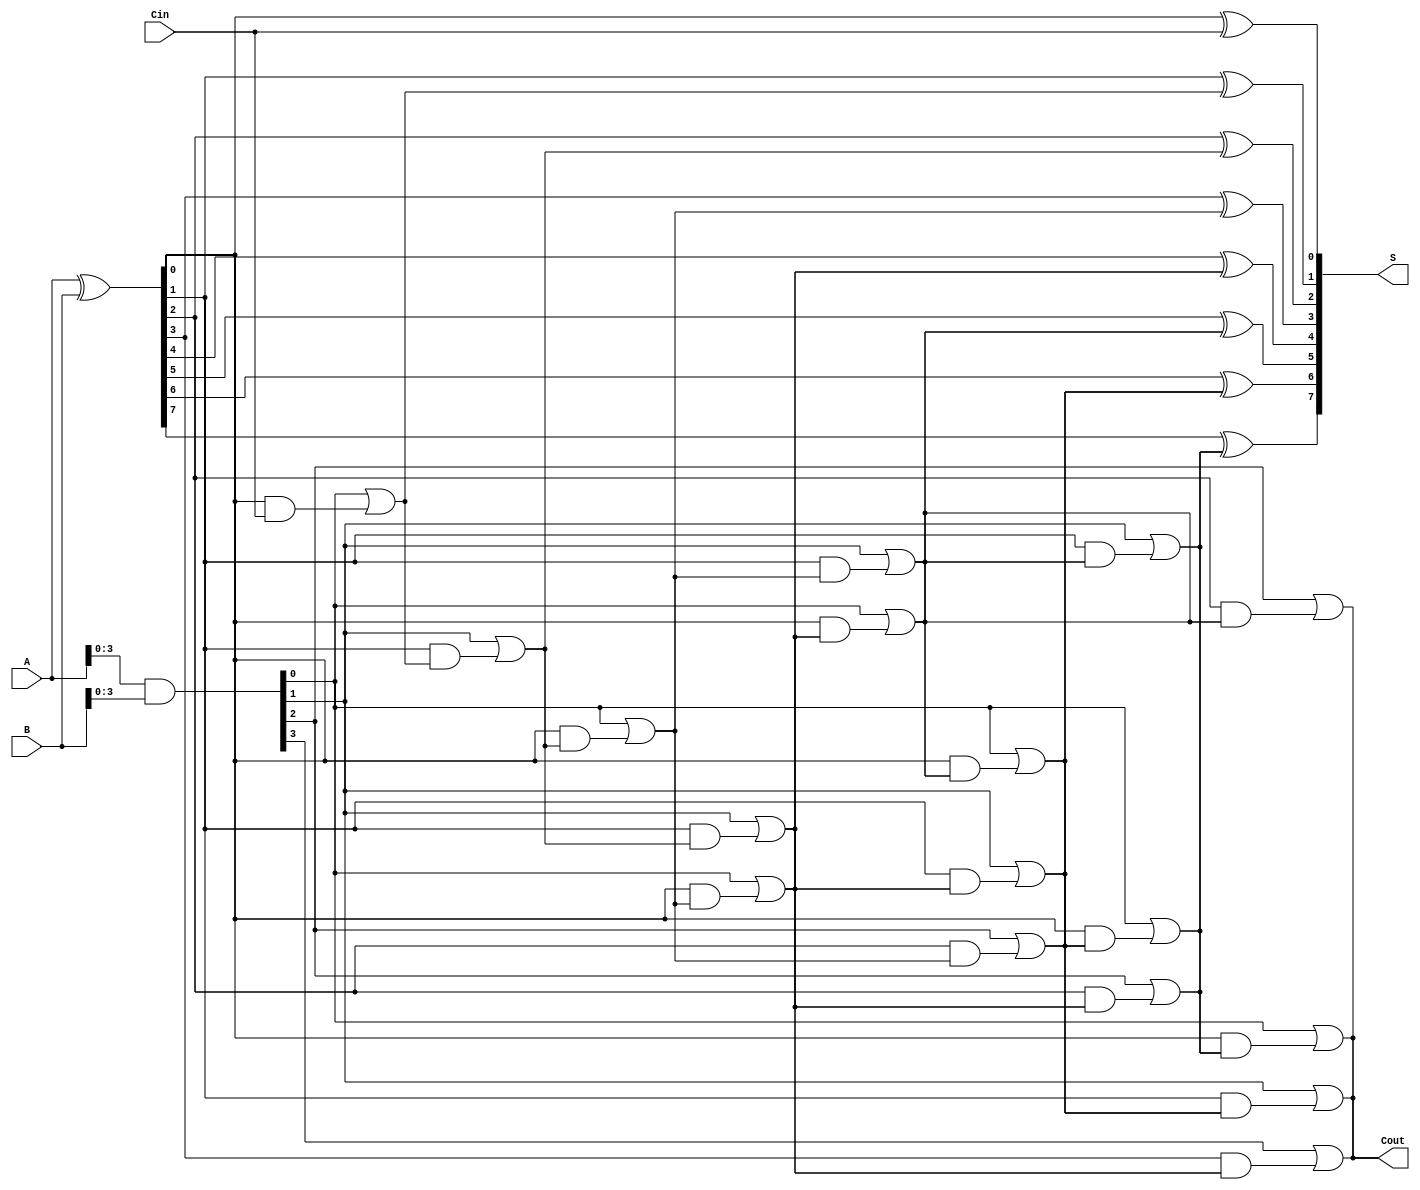
module kogge_stone_adder #(parameter n = 8) (
    input  [n-1:0] A,      // First operand
    input  [n-1:0] B,      // Second operand
    input          Cin,     // Carry input
    output [n-1:0] S,      // Sum output
    output         Cout     // Carry output
);

    wire [n-1:0] P;       // Propagate signals
    wire [n-1:0] G;       // Generate signals
    wire [n:0] C;         // Carry signals (C[0] is Cin, C[n] is Cout)

    // Generate and Propagate calculations
    assign G = A & B;     // Generate
    assign P = A ^ B;     // Propagate

    // Assign initial carry
    assign C[0] = Cin;

    // Carry generation - Kogge-Stone structure
    genvar i, j;
    generate
        for (i = 0; i < n; i = i + 1) begin : carry_gen
            if (i == 0) begin
                assign C[i+1] = G[i] | (P[i] & C[i]);
            end else if (i == 1) begin
                assign C[i+1] = G[i] | (P[i] & C[i]);
            end else begin
                for (j = 0; j < (i + 1)/2; j = j + 1) begin : carry_stages
                    assign C[i+1] = G[j] | (P[j] & C[i-j]);
                end
            end
        end
    endgenerate

    // Sum calculation
    generate
        for (i = 0; i < n; i = i + 1) begin : sum_calc
            assign S[i] = P[i] ^ C[i];
        end
    endgenerate

    // Assign final carry output
    assign Cout = C[n];

endmodule